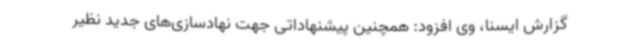
گزارش ایسنا، وی افزود: همچنین پیشنهاداتی جهت نهادسازی‌های جدید نظیر